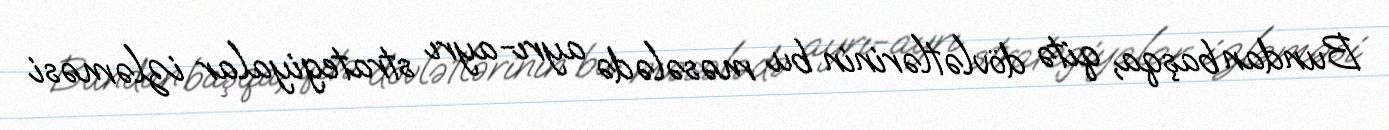
Bundan başqa, qitə dövlətlərinin bu məsələdə ayrı-ayrı strategiyalar izləməsi